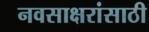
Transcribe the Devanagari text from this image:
नवसाक्षरांसाठी